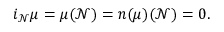
i _ { \mathcal { N } } \mu = \mu ( \mathcal { N } ) = \boldsymbol { n } ( \mu ) ( \mathcal { N } ) = 0 .